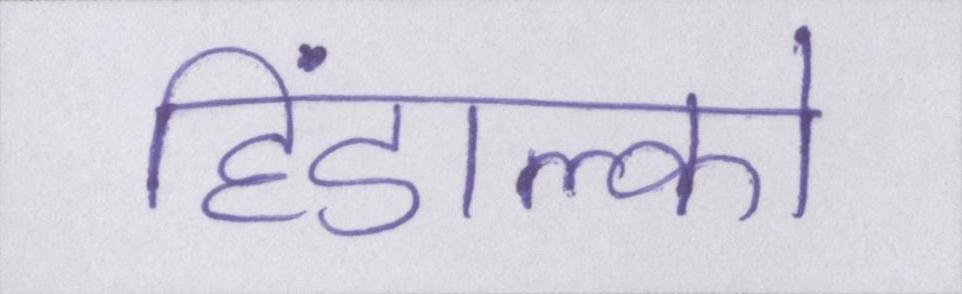
हिंडाल्को